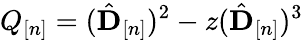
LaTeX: Q_{[n]}=(\hat{{\mathbf D}}_{[n]})^{2}-z(\hat{{\mathbf D}}_{[n]})^{3}